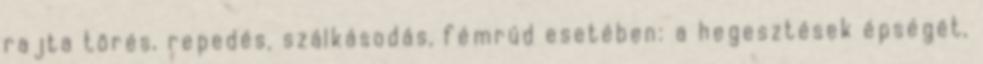
rajta törés, repedés, szálkásodás, fémrúd esetében: a hegesztések épségét,